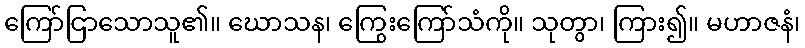
ကြော်ငြာသောသူ၏။ ဃောသန၊ ကြွေးကြော်သံကို။ သုတွာ၊ ကြား၍။ မဟာဇနံ၊